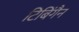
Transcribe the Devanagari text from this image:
टिबिंगैन